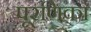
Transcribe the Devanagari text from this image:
पूरणिका